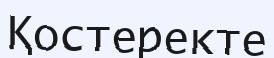
Қостеректе